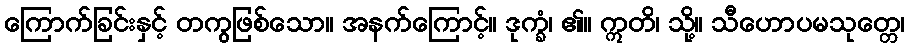
ကြောက်ခြင်းနှင့် တကွဖြစ်သော။ အနက်ကြောင့်။ ဒုက္ခံ၊ ၏။ ဣတိ၊ သို့။ သီဟောပမသုတ္တေ၊